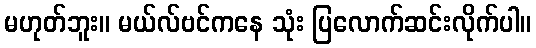
မဟုတ်ဘူး။ မယ်လ်ဗင်ကနေ သုံး ပြလောက်ဆင်းလိုက်ပါ။